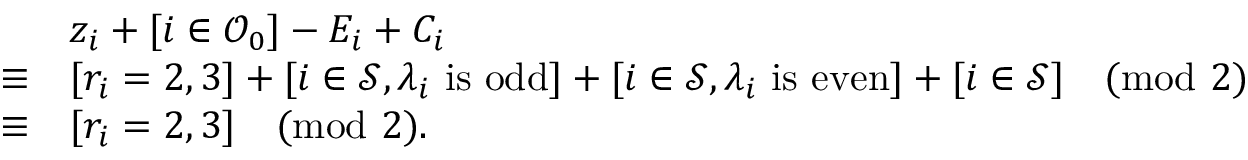
\begin{array} { r l } & { z _ { i } + [ i \in \mathcal O _ { 0 } ] - E _ { i } + C _ { i } } \\ { \equiv } & { [ r _ { i } = 2 , 3 ] + [ i \in \mathcal S , \lambda _ { i } \mathrm { ~ i s ~ o d d } ] + [ i \in \mathcal S , \lambda _ { i } \mathrm { ~ i s ~ e v e n } ] + [ i \in \mathcal S ] \pmod 2 } \\ { \equiv } & { [ r _ { i } = 2 , 3 ] \pmod 2 . } \end{array}